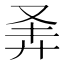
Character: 𪪴